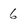
Character: 6